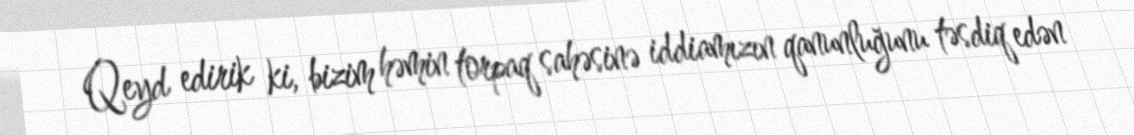
Qeyd edirik ki, bizim həmin torpaq sahəsinə iddiamızın qanunluğunu təsdiq edən